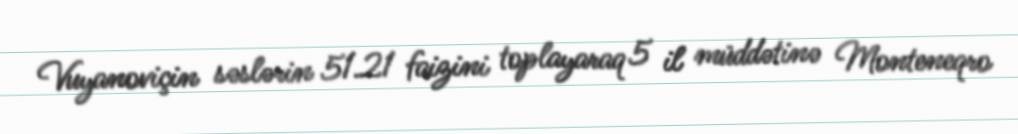
Vuyanoviçin səslərin 51.21 faizini toplayaraq 5 il müddətinə Monteneqro